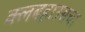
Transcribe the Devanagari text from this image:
क्लबहाउसचा